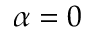
\alpha = 0